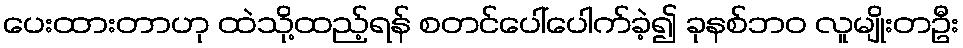
ပေးထားတာဟု ထဲသို့ထည့်ရန် စတင်ပေါ်ပေါက်ခဲ့၍ ခုနစ်ဘ၀ လူမျိုးတဦး